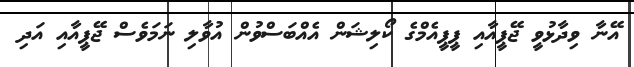
އޭނާ ވިދާޅުވީ ޖޭޕީއާއި ޕީޕީއެމްގެ ކޯލިޝަން އެއްބަސްވުން އުވާލި ނަމަވެސް ޖޭޕީއާއި އަދި